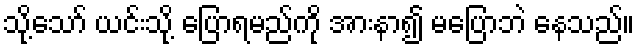
သို့သော် ယင်းသို့ ပြောရမည်ကို အားနာ၍ မပြောဘဲ နေသည်။